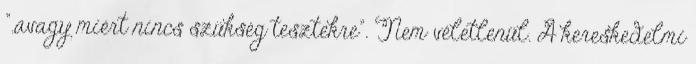
".avagy miért nincs szükség tesztekre". Nem véletlenül. A kereskedelmi